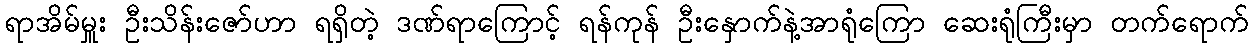
ရာအိမ်မှူး ဦးသိန်းဇော်ဟာ ရရှိတဲ့ ဒဏ်ရာကြောင့် ရန်ကုန် ဦးနှောက်နဲ့အာရုံကြော ဆေးရုံကြီးမှာ တက်ရောက်